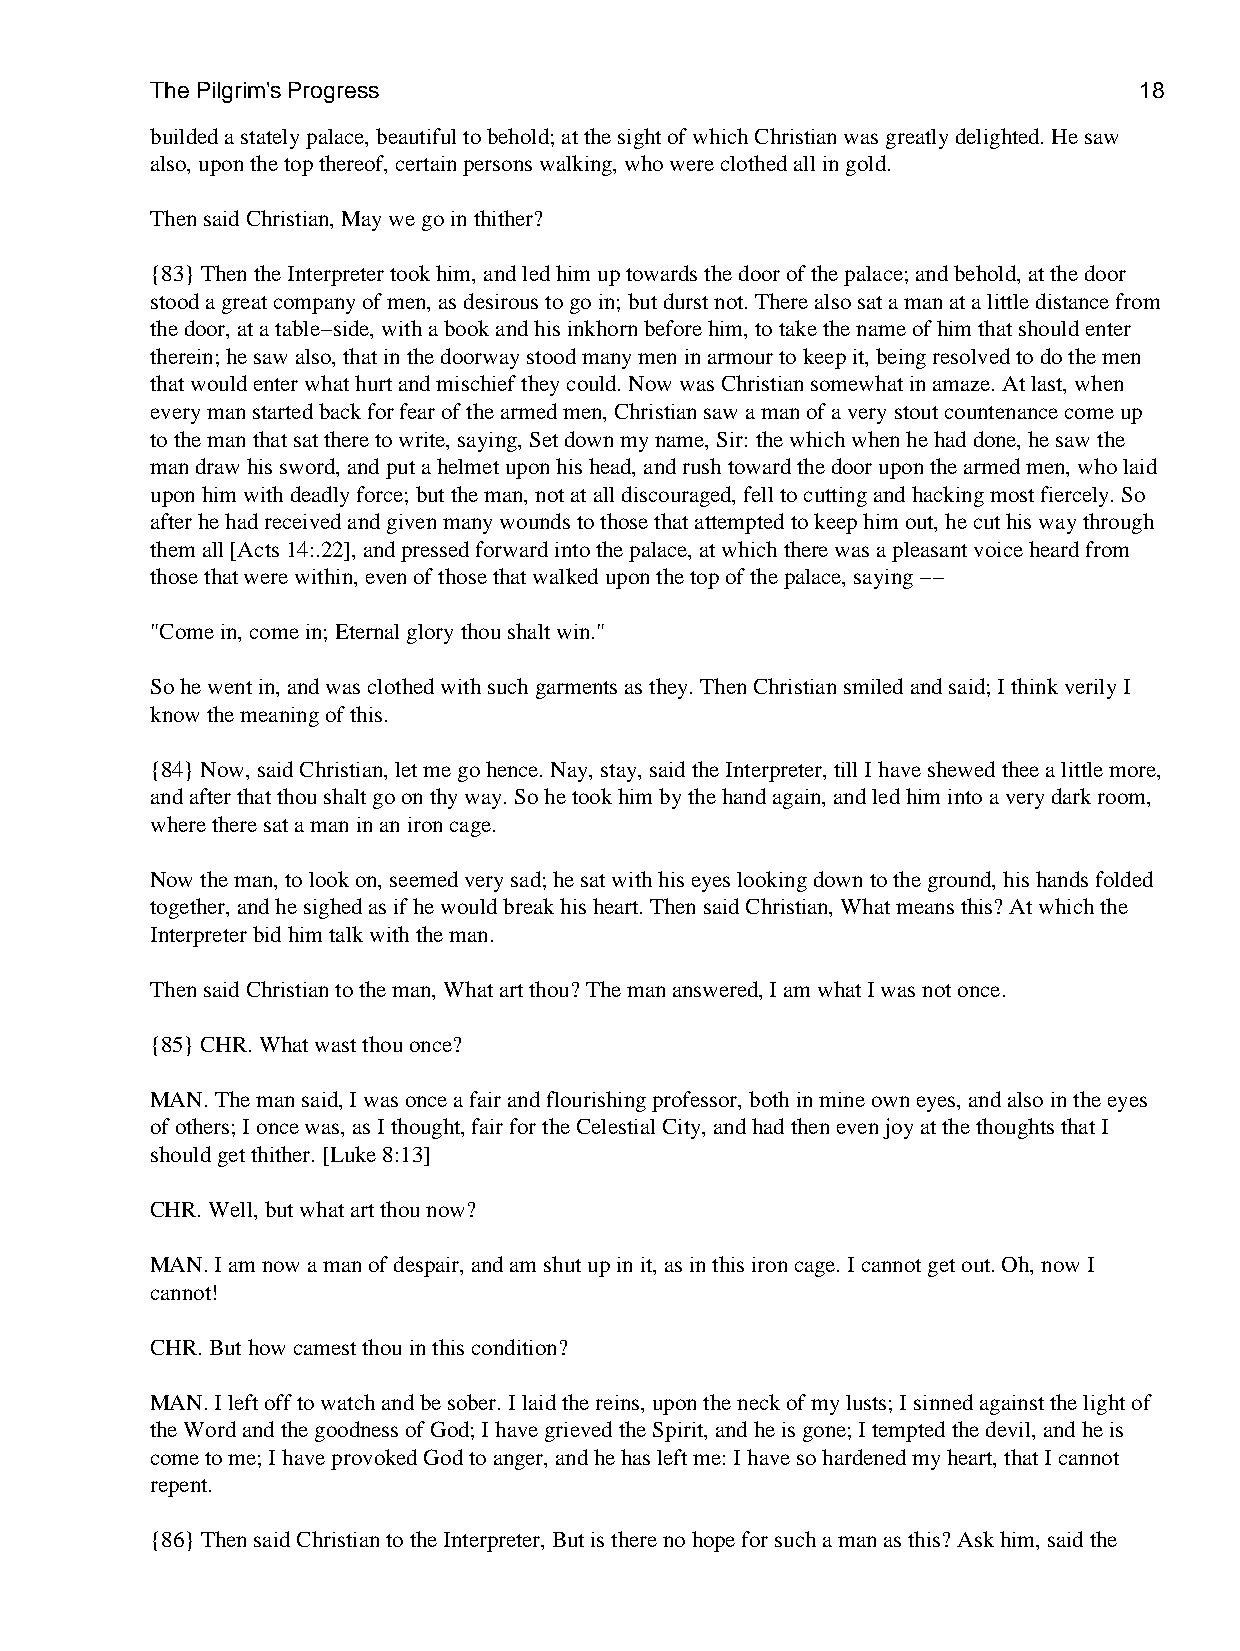
The Pilgrim's Progress                                           18
 builded a stately palace, beautiful to behold; at the sight of which Christian was greatly delighted. He saw
 also, upon the top thereof, certain persons walking, who were clothed all in gold.
 Then said Christian, May we go in thither?
 {83} Then the Interpreter took him, and led him up towards the door of the palace; and behold, at the door
 stood a great company of men, as desirous to go in; but durst not. There also sat a man at a little distance from
 the door, at a table−side, with a book and his inkhorn before him, to take the name of him that should enter
 therein; he saw also, that in the doorway stood many men in armour to keep it, being resolved to do the men
 that would enter what hurt and mischief they could. Now was Christian somewhat in amaze. At last, when
 every man started back for fear of the armed men, Christian saw a man of a very stout countenance come up
 to the man that sat there to write, saying, Set down my name, Sir: the which when he had done, he saw the
 man draw his sword, and put a helmet upon his head, and rush toward the door upon the armed men, who laid
 upon him with deadly force; but the man, not at all discouraged, fell to cutting and hacking most fiercely. So
 after he had received and given many wounds to those that attempted to keep him out, he cut his way through
 them all [Acts 14:.22], and pressed forward into the palace, at which there was a pleasant voice heard from
 those that were within, even of those that walked upon the top of the palace, saying −−
 "Come in, come in; Eternal glory thou shalt win."
 So he went in, and was clothed with such garments as they. Then Christian smiled and said; I think verily I
 know the meaning of this.
 {84} Now, said Christian, let me go hence. Nay, stay, said the Interpreter, till I have shewed thee a little more,
 and after that thou shalt go on thy way. So he took him by the hand again, and led him into a very dark room,
 where there sat a man in an iron cage.
 Now the man, to look on, seemed very sad; he sat with his eyes looking down to the ground, his hands folded
 together, and he sighed as if he would break his heart. Then said Christian, What means this? At which the
 Interpreter bid him talk with the man.
 Then said Christian to the man, What art thou? The man answered, I am what I was not once.
 {85} CHR. What wast thou once?
 MAN. The man said, I was once a fair and flourishing professor, both in mine own eyes, and also in the eyes
 of others; I once was, as I thought, fair for the Celestial City, and had then even joy at the thoughts that I
 should get thither. [Luke 8:13]
 CHR. Well, but what art thou now?
 MAN. I am now a man of despair, and am shut up in it, as in this iron cage. I cannot get out. Oh, now I
 cannot!
 CHR. But how camest thou in this condition?
 MAN. I left off to watch and be sober. I laid the reins, upon the neck of my lusts; I sinned against the light of
 the Word and the goodness of God; I have grieved the Spirit, and he is gone; I tempted the devil, and he is
 come to me; I have provoked God to anger, and he has left me: I have so hardened my heart, that I cannot
 repent.
 {86} Then said Christian to the Interpreter, But is there no hope for such a man as this? Ask him, said the